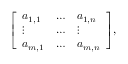
{ \left[ \begin{array} { l l l } { a _ { 1 , 1 } } & { \ldots } & { a _ { 1 , n } } \\ { \vdots } & { \ldots } & { \vdots } \\ { a _ { m , 1 } } & { \ldots } & { a _ { m , n } } \end{array} \right] } ,